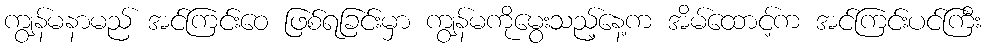
ကျွန်မနာမည် အင်ကြင်းဝေ ဖြစ်ရခြင်းမှာ ကျွန်မကိုမွေးသည့်နေ့က အိမ်ထောင့်က အင်ကြင်းပင်ကြီး